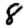
Digit: 8